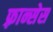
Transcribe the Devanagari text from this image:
फ़्रान्सेस